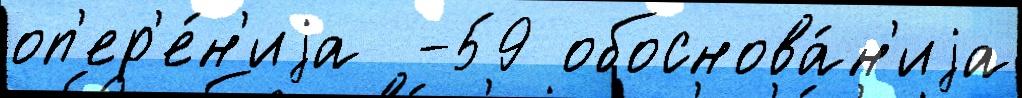
оп'ер'е́н'иjа  -59 обоснова́н'иjа